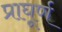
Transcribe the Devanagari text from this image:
प्राघूर्ण